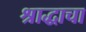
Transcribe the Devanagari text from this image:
श्राद्धाचा